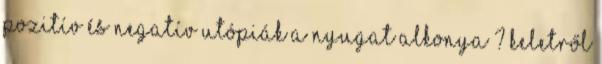
Pozitív és negatív utópiák A Nyugat alkonya ? Keletről